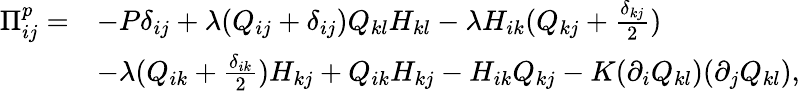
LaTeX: \begin{array}{rl}{\Pi_{ij}^{p}=}&{-P\delta_{ij}+\lambda(Q_{ij}+\delta_{ij})Q_{kl}H_{kl}-\lambda H_{ik}(Q_{kj}+\frac{\delta_{kj}}{2})}\\ &{-\lambda(Q_{ik}+\frac{\delta_{ik}}{2})H_{kj}+Q_{ik}H_{kj}-H_{ik}Q_{kj}-K(\partial_{i}Q_{kl})(\partial_{j}Q_{kl}),}\end{array}